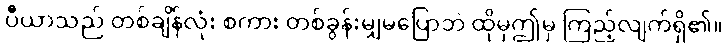
ပီယာသည် တစ်ချိန်လုံး စကား တစ်ခွန်းမျှမပြောဘဲ ထိုမှဤမှ ကြည့်လျက်ရှိ၏။